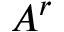
A ^ { r }